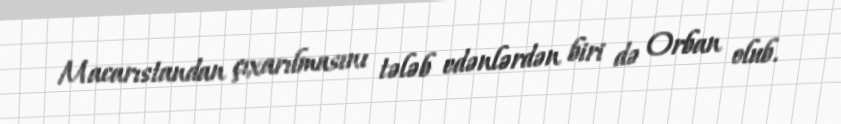
Macarıstandan çıxarılmasını tələb edənlərdən biri də Orban olub.